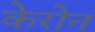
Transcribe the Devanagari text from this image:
केरोन